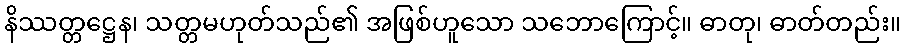
နိဿတ္တဋ္ဌေန၊ သတ္တမဟုတ်သည်၏ အဖြစ်ဟူသော သဘောကြောင့်။ ဓာတု၊ ဓာတ်တည်း။